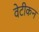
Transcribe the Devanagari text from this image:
वेटीकन